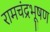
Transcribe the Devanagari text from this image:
रामचंद्रभूषण